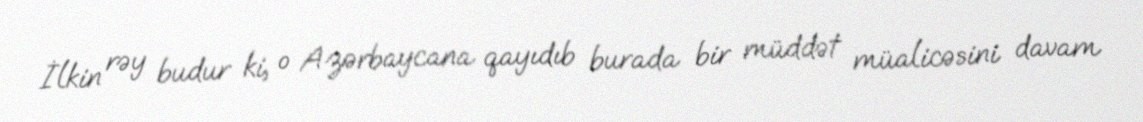
İlkin rəy budur ki, o Azərbaycana qayıdıb burada bir müddət müalicəsini davam